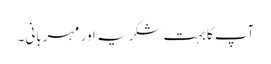
آپ کا بہت شکریہ اور مہربانی۔